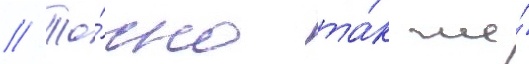
// То́чно та́к же́